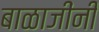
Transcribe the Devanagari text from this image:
बाळाजींनी